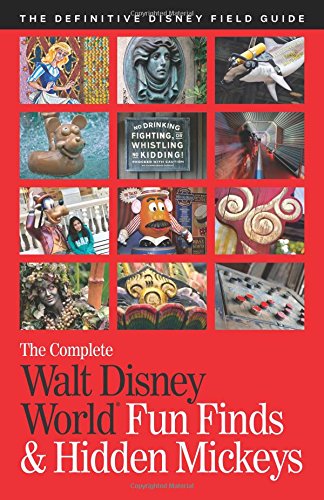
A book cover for The Complete Walt Disney World Fun Finds & Hidden Mickeys: The Definitive Disney Field Guide; Julie Neal; Parenting & Relationships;